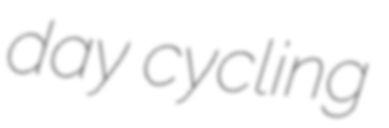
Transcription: day cycling